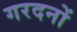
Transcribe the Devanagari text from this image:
गरदनों